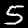
Digit: 5